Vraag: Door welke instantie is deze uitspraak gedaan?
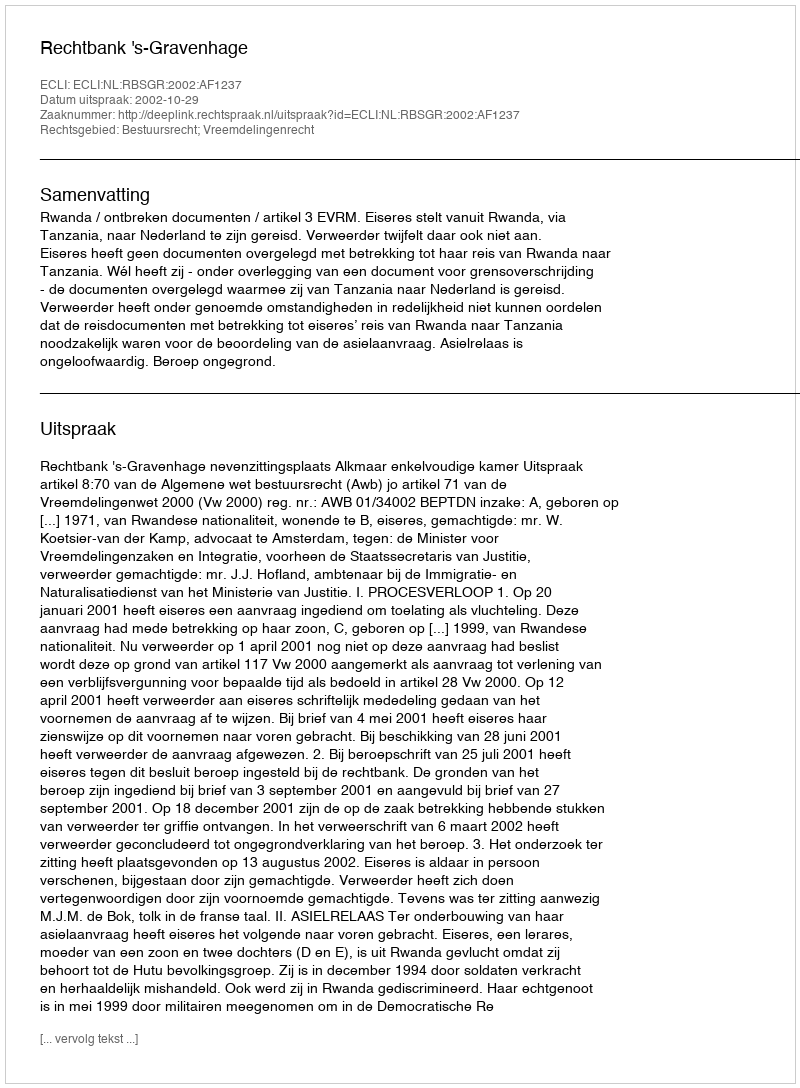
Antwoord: Rechtbank 's-Gravenhage